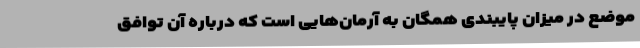
موضع در میزان پایبندی همگان به آرمان‌هایی است که درباره آن توافق